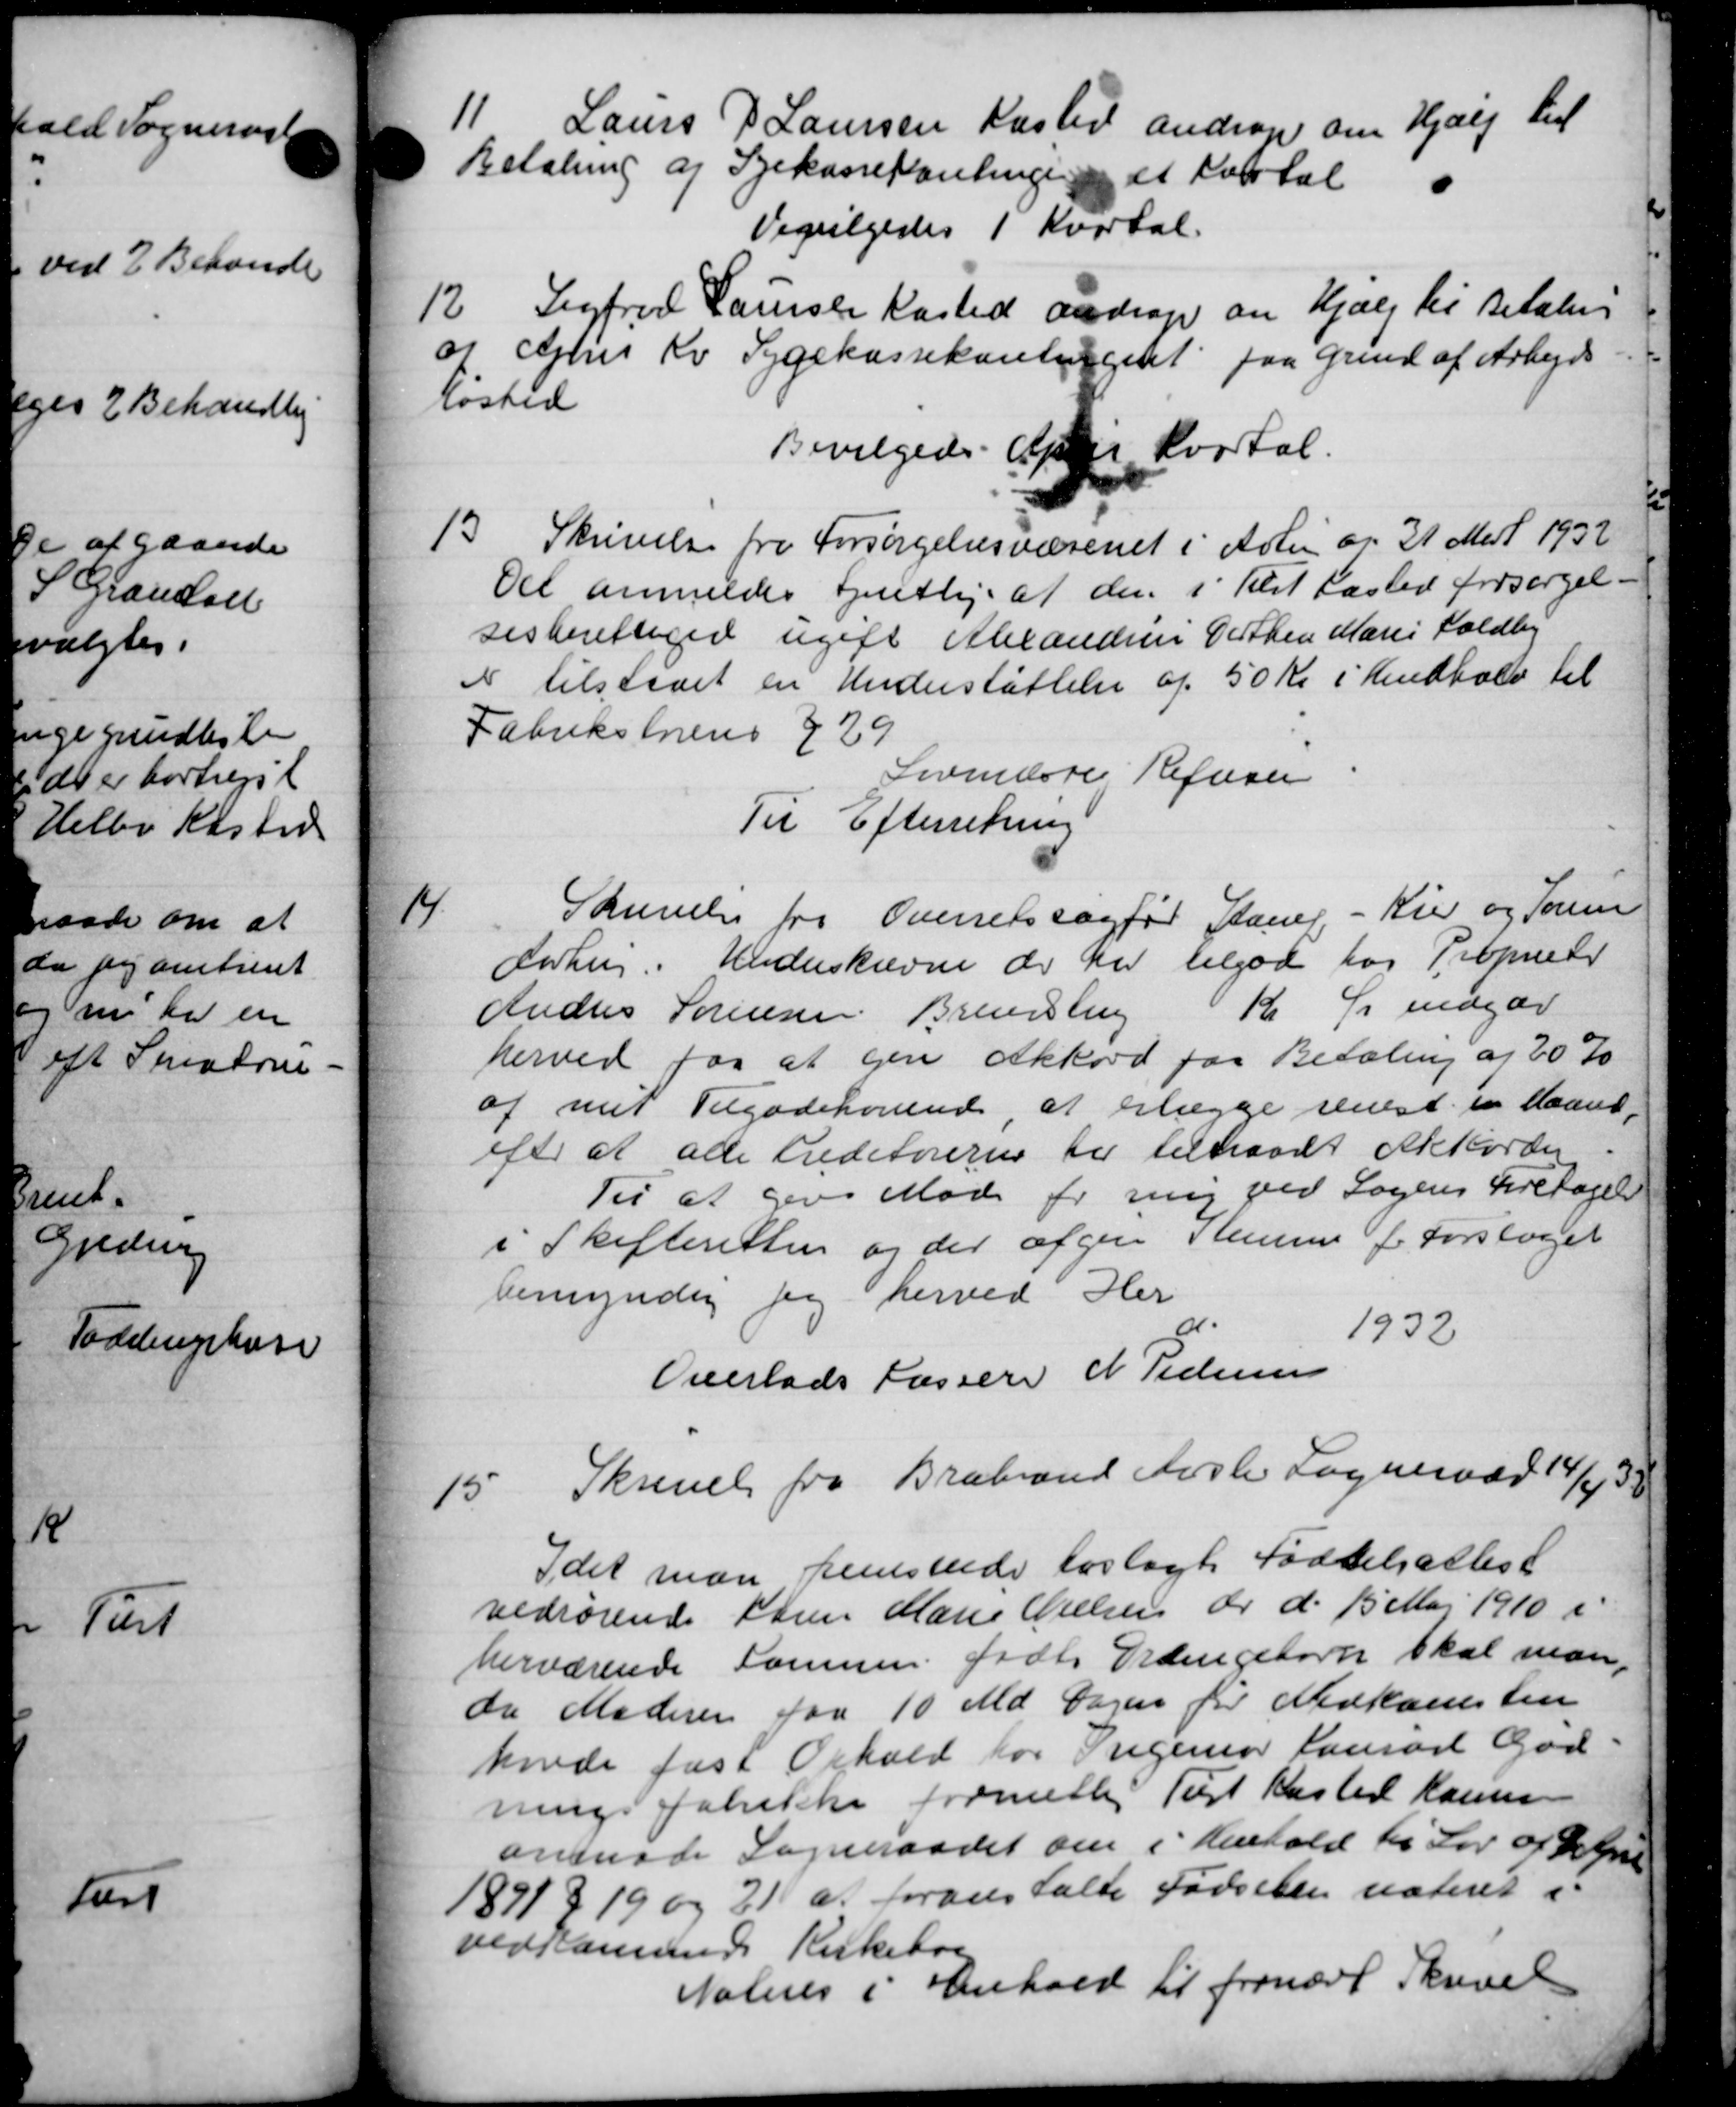
Transskription:
11
Laurs P. Laursen Kasted andrager om Hjælp til
Betaling af Syekassekontingen et Kvartal
Veevilgedes 1 Kvartal.
12.
Sigfred Laursen Kasted andrage en Hjælp til Betalens
og Ophes Kv Sygekassekontingent paa Grund af Arbejds
løsted
Bevilgedes April Kvartal.
13.
Skrivelse fra Forsørgelsesvæsenet i Arlin en 31 Mart 1932
Del anmeldes tjentlig. af den i Plet fasted forsørgel-
sesberettiget ugift Alexandre Datten Marie Foldby
er tilstaaet en Understøttelse af 50 Kr i Lindhold til
Fabrikstens 229
Sivendste Refusee
Til Efterretning
18
Skrivelse fra Overretssagfør Stamp, - Kier og Foren
Forhuj. Underskrevne der har tilgode hos Proprieder
Anders Sørensen Brendsling Kr Ør indger
herved for at give Akkord paa Betaling af 20 %
ag mit Tilgodehøvende at erlægge senest en Maaned,
efter at alle hedeførerne til tiltraadt Akkorden
Til at give Møde for mig ved Sagens Fritagelse
i Skifteretten og der afgive stemme for Forslaget
bemyndig for herved Her
1932
Overlads Lasser N Pedersen
15.
Skrivelse fra Brabrand Hasle Sogneraad 14/4 33
Idet man rensvede hoslagt Fødselsallist
vedrørende Søren Marie Nielsen dr d. 15 Maj 1910 i
herværende Sommen fødte Ordingebørn skal man
da Moderen faa 10 Md Sagen for Medkamsten
havde fast Ophold for Ingeniør Laurant God-
nings fabrikke formeller Tilst Kaster Hansen
anmode Sogneraadet om i Henhold til Lov af 9 April
1891 § 19 og 21 at foranstalte Fødselen noteret i
vedskommene Kirkebor
Natures i Henhold til fornært Skrivel